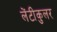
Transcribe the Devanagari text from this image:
लेंटीकुलर